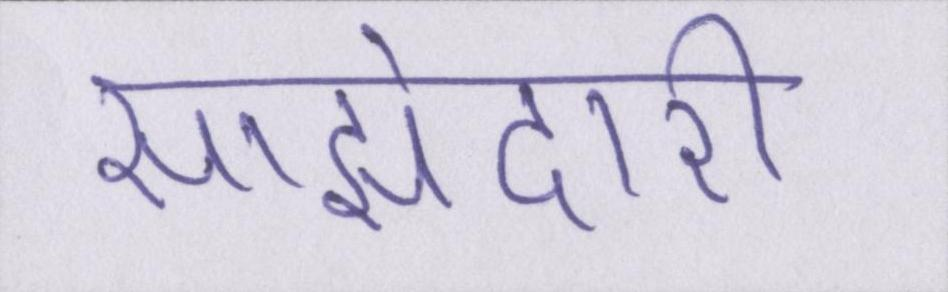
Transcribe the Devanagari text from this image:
साझेदारी